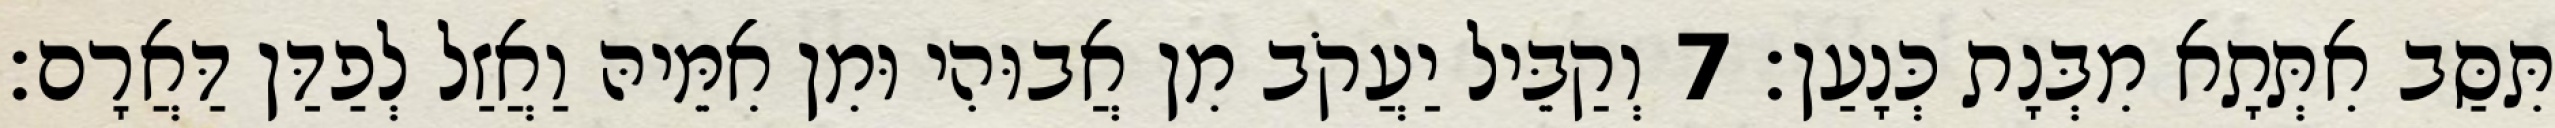
תִּסַּב אִתְּתָא מִבְּנָת כְּנָעַן׃ 7 וְקַבֵּיל יַעֲקֹב מִן אֲבוּהִי וּמִן אִמֵּיהּ וַאֲזַל לְפַדַּן דַּאֲרָם׃